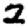
Digit: 2